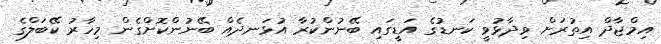
އިމްޖާދް އިތުރަށް ވިދާޅުވީ ކަނޑުގެ އަޑީގައި ބޭނުންކުރާ އުޅަނދެއް ބޭނުންކޮށްގެން މިހާރު ކޭބަލްގެ